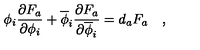
\phi _ { i } { \frac { \partial F _ { a } } { \partial \phi _ { i } } } + \overline { { \phi } } _ { i } { \frac { \partial F _ { a } } { \partial \overline { \phi } _ { i } } } = d _ { a } F _ { a } \quad ,